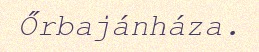
Őrbajánháza.